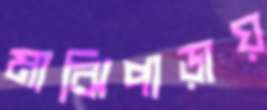
মাঝিপাড়ায়